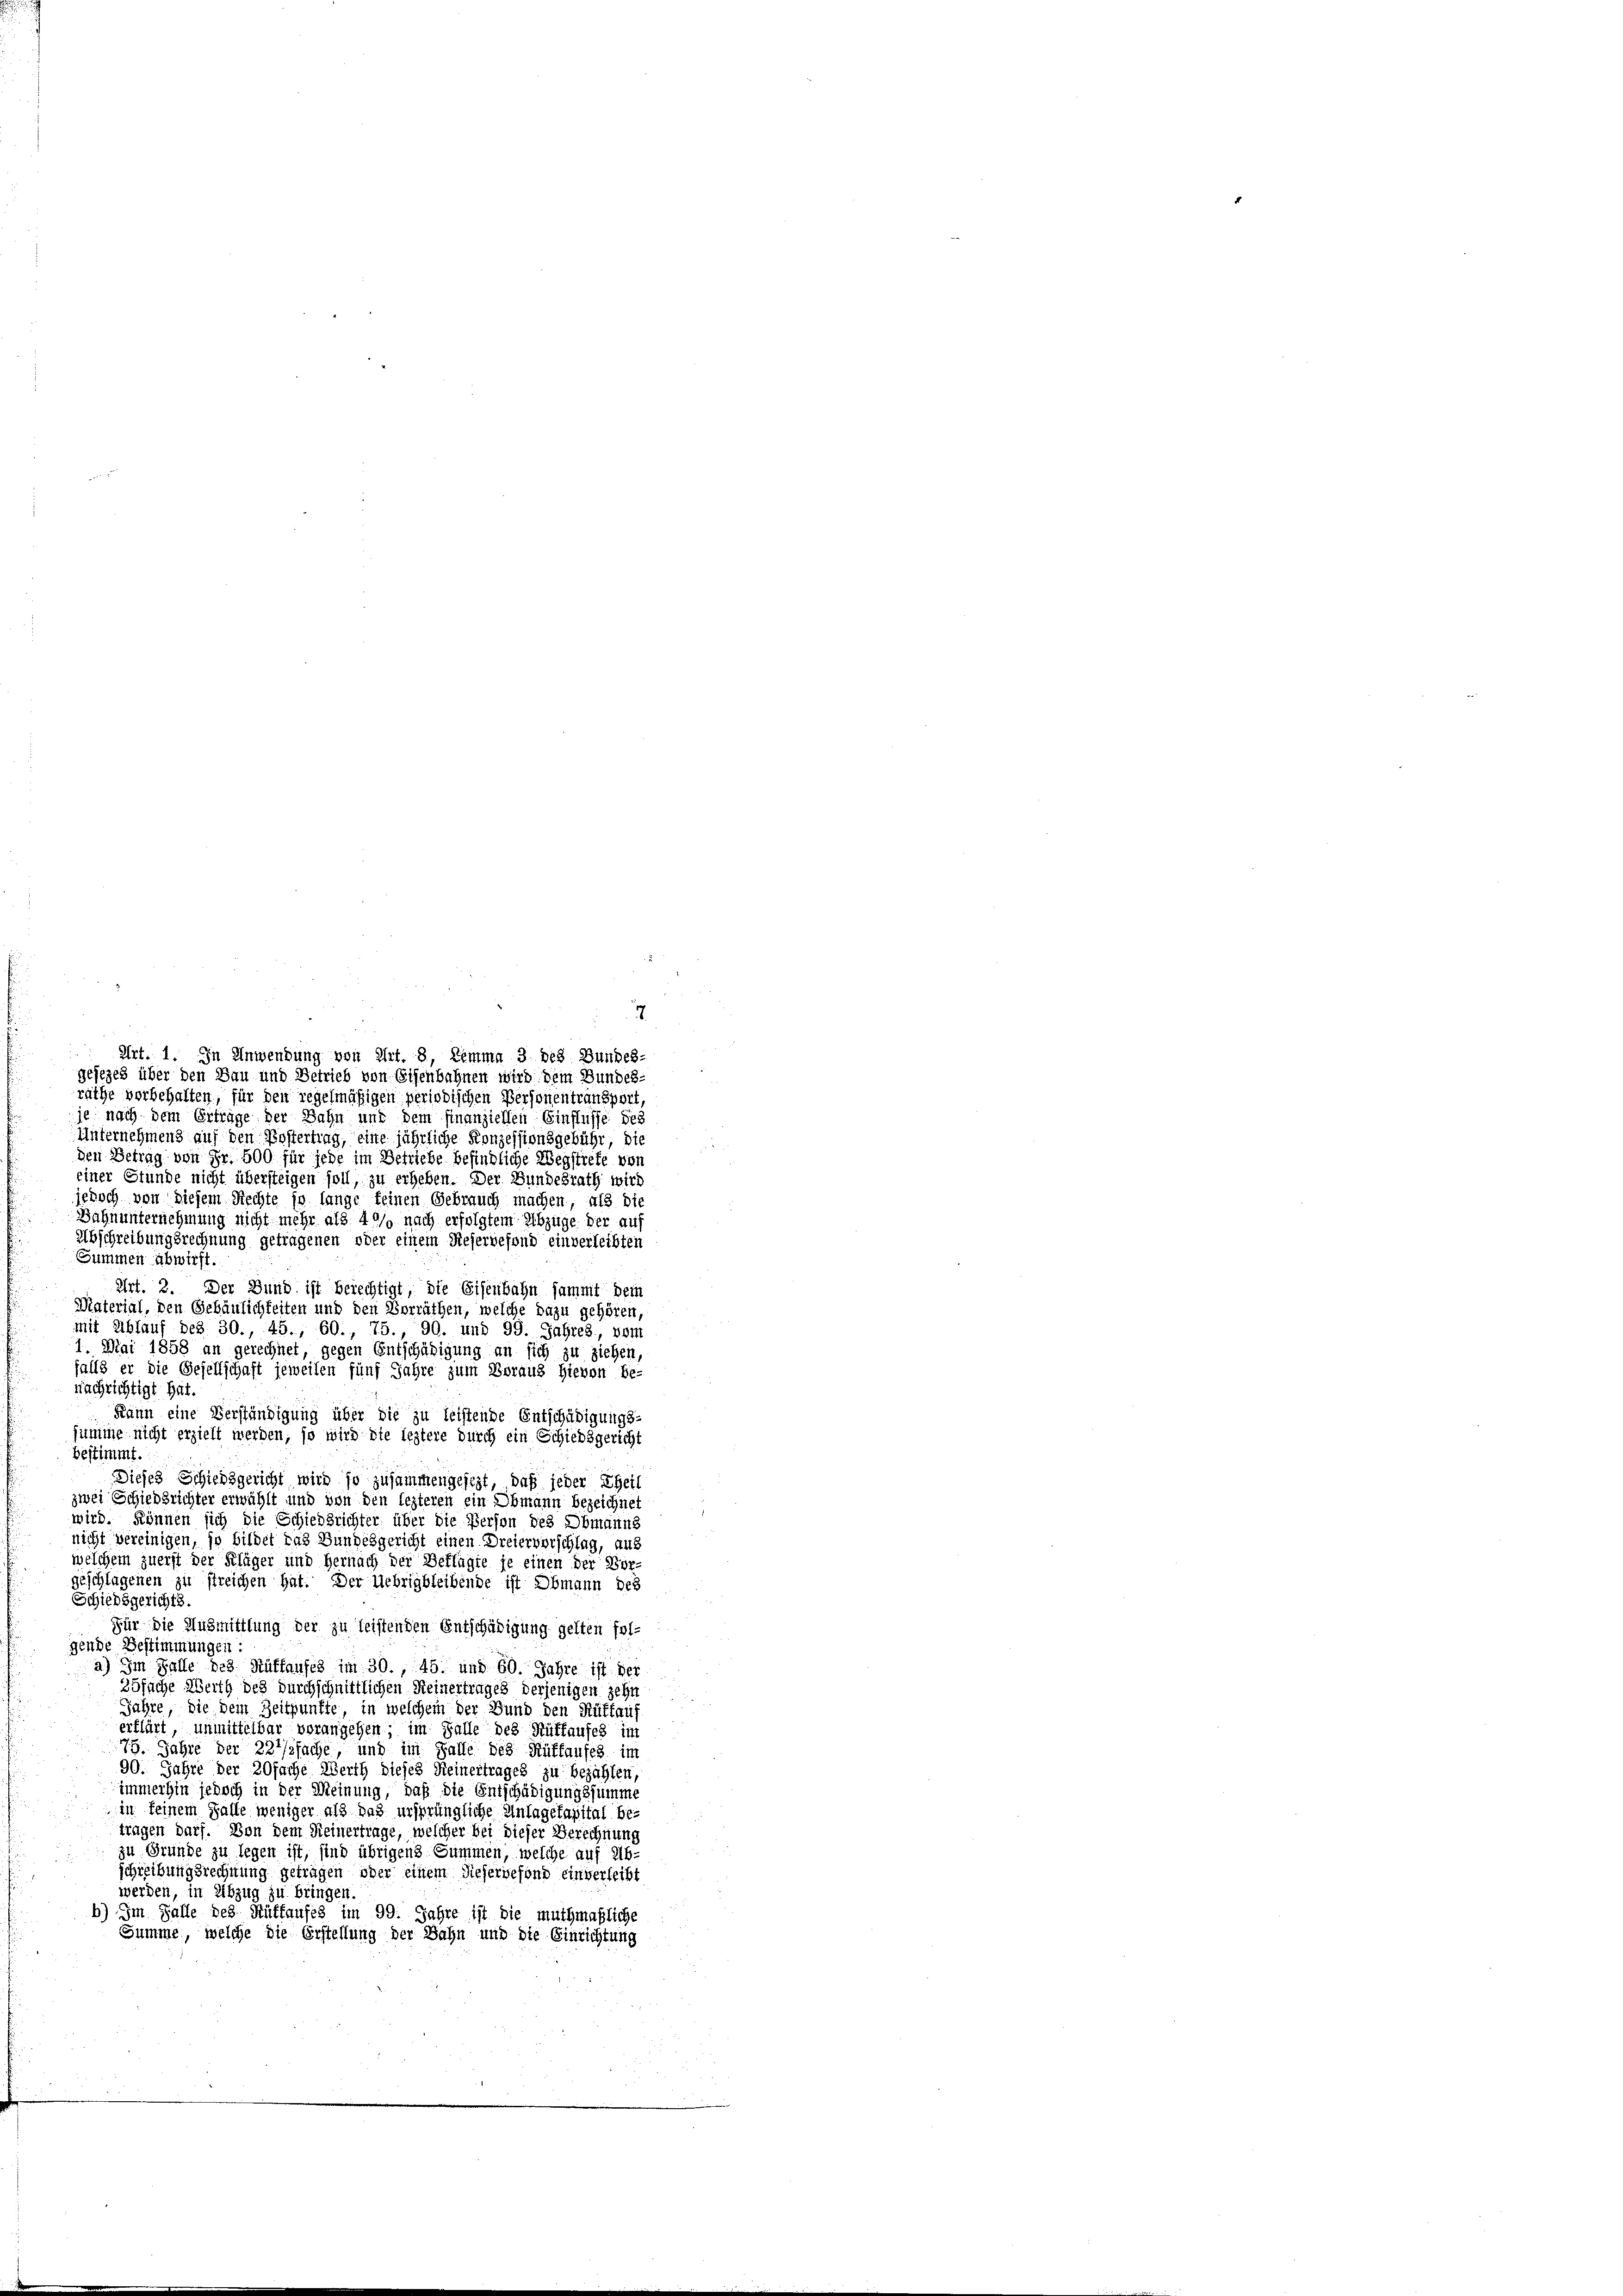
7
Art. 1. In Anwendung von Art. 8, Limma 3 des Bundes-
gesezes über den Bau und Betrieb von Eisenbahnen wird. Dem Bundes-
räthe vorbehalten, für den regelmässigen periodischen Personentransport,
je nach dem Erträge der Bahn und dem finanziellen Einflüsse des
Unternehmens auf den Kostertrag, eine jährliche Konzessionsgebühr, die
den Betrag von Fr. 500 für jede im Betriebe befindliche Wegstrete vor
einer Stunde nicht übersteigen soll, zu erheben. Der Bundesrath wird
jedoch von diesem Rechte in lange keinen Gebrauch machen, als die
Bahnunternehmung nicht mehr als 40% nach erfolgtem Abzüge der auf
Abschreibungsrechnung getragenen oder einem Rieservefond einverleibten
Summen abwirft.
Art. 2. Der Bund ist berechtigt, die Eisenbahn sammt dein
Material, den Gebäulichkeiten und den Vorräthen, welche dazu gehören,
mit Schlauf bez. 30., 45., 60., 75., 90. und 99. Jahres, vom
1. Mai 1858 an gerechnet, gegen Entschädigung an sich zu ziehen,
falls er die Gesellschaft jeweilen fünf Jahre zum Beraus hievon be-
nachrichtigt hat.
Kann eine Verständigung über die zu leistende Entschädigungs-
summe nicht erzielt werden, so wird die leztere durch ein Schiedsgericht
bestimmt.
Dieses Schiedsgericht wird so zusammengesezt, daß jeder Theil
zwei Schiedsrichter erwählt und von den lezteren ein Obmann bezeichnet
wird. können sich die Schiedsrichter über die Person des Obmanns
nicht vereinigen, so bildet das Bundesgericht einen Dreiervorschlag, aus
welchem zuerst der Kläger und Hernach der Beffügte je einen der Vor-
geschlagenen zu streichen hat. Der Uebrigbleibende ist Obmann des
Schiedsgerichts.
Für die Ausmittlung der zu leistenden Entschädigung gelten sol-
gende Bestimmungen:
a) Im Falle des Rüffaufes im 30., 45. und 60. Jahre ist der
25fache Werth des durchschnittlichen Heinertrages derjenigen zehn
Jahre, die dem Zeitpunkte, in welchem der Bund den Rüttauf
erflärt, unmittelbar vorangehen im Falle des Ruffaufes im
75. Jahre der 227/2fache, und im Falle des Rüffaufes im
90. Jahre der 20fache Werth dieses Reinertrages zu bezahlen,
immerhin jedoch in der Meinung, daß die Entschädigungssumme
in keinem Falle weniger als das ursprüngliche Anlagekapital be-
tragen darf. Von dem Reinertrage, welcher bei dieser Berechnung
zu Gründe zu legen ist, sind übrigens Summen, welche auf Ab-
schreibungsrechnung getragen oder einem dieservefond einverleibt
werden, in Abzug zu bringen.
b) Im Falle des Stüffaufes im 99. Jahre ist die muthmaßliche
Summe, welche die Erstellung der Bahn und die Einrichtung